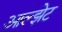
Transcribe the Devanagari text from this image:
आल्झेट